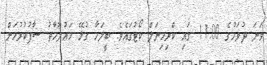
ވަނަ ދުވަހުގެ 11:00 ގައި ކްރިމިނަލް ކޯޓުގައެވެ. ބީލަމާ ގުޅޭ މަޢުލޫމާތު ސާފުކުރުމަށް